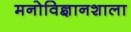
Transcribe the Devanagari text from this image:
मनोविज्ञानशाला